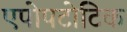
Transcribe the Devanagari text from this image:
एपोपटोटिक